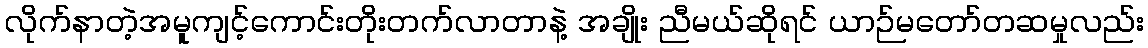
လိုက်နာတဲ့အမူကျင့်ကောင်းတိုးတက်လာတာနဲ့ အချိုး ညီမယ်ဆိုရင် ယာဉ်မတော်တဆမှုလည်း